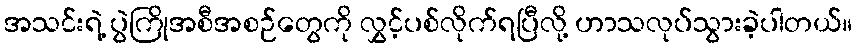
အသင်းရဲ့ ပွဲကြိုအစီအစဉ်တွေကို လွှင့်ပစ်လိုက်ရပြီလို့ ဟာသလုပ်သွားခဲ့ပါတယ်။